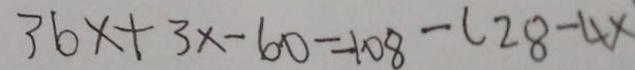
3 6 x + 3 x - 6 0 = 1 0 8 - ( 2 8 - 4 x